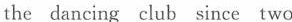
the dancing club since two